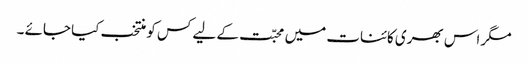
مگر اس بھری کائنات میں محبّت کے لیے کس کو منتخب کیا جائے ۔